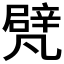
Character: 𠙮